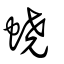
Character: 蟯